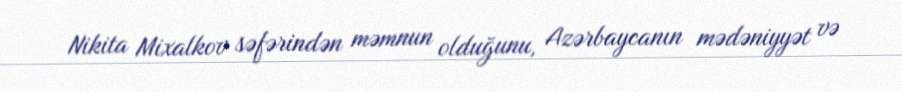
Nikita Mixalkov səfərindən məmnun olduğunu, Azərbaycanın mədəniyyət və